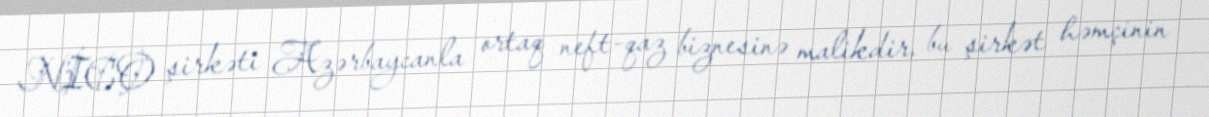
NİCO şirkəti Azərbaycanla ortaq neft-qaz biznesinə malikdir, bu şirkət həmçinin